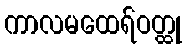
ကာလမထေရ်ဝတ္ထု